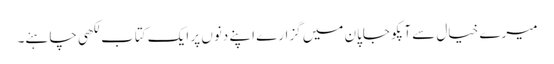
میرے خیال سے آپکو جاپان میں گزارے اپنے دنوں پر ایک کتاب لکھی چاہئے۔